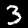
Label: 3